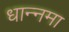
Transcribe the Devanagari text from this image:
धान्नमा